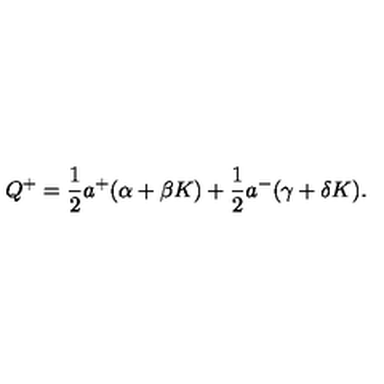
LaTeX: Q ^ { + } = \frac { 1 } { 2 } a ^ { + } ( \alpha + \beta K ) + \frac { 1 } { 2 } a ^ { - } ( \gamma + \delta K ) .